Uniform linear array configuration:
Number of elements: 24
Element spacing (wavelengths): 1
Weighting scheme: uniform
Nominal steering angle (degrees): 0
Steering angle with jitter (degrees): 1.929
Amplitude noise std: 0.05
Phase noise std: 0.05

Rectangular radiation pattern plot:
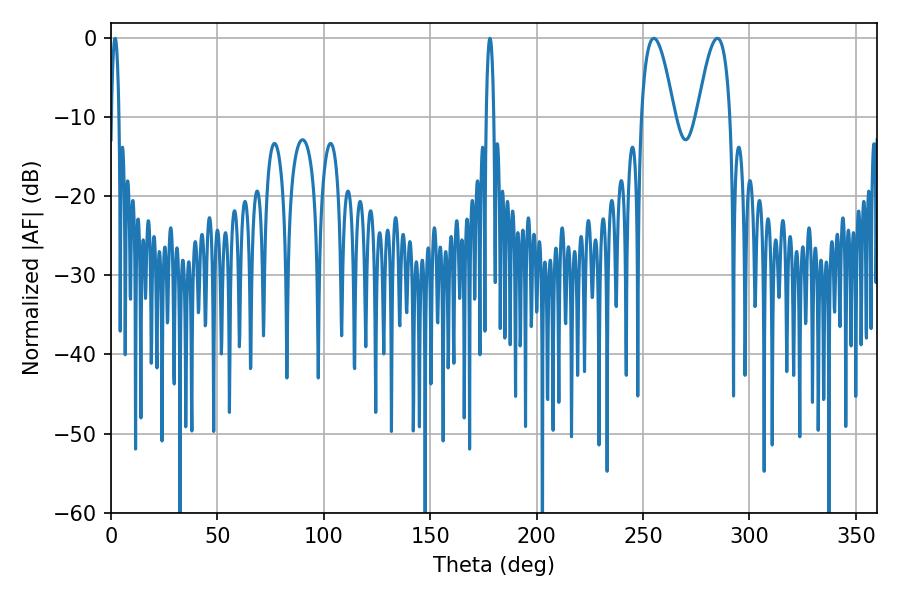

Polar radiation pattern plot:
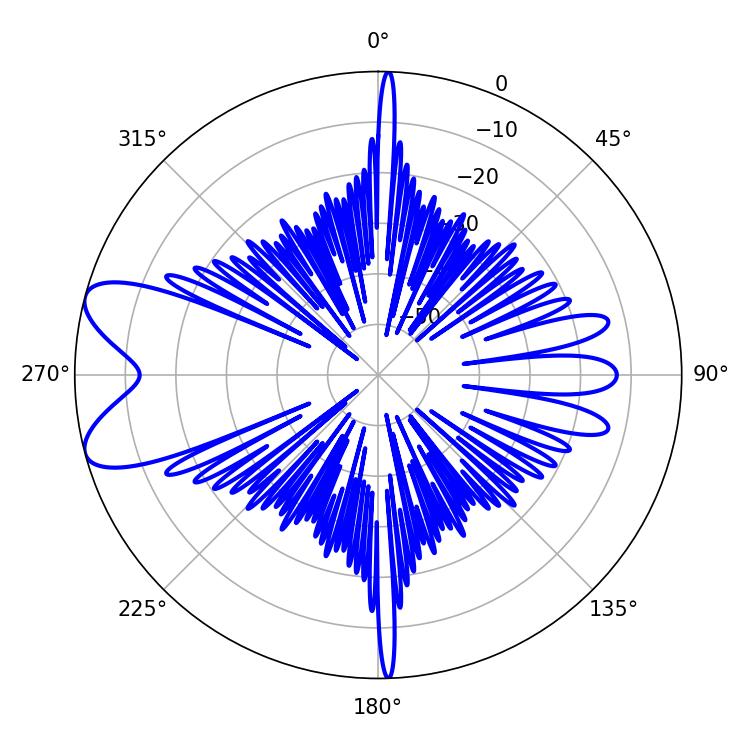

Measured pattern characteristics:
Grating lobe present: TRUE
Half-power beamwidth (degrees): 8.46
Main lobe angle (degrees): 255.06